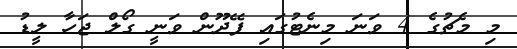
މި މެޗުގެ 4 ވަނަ މިނެޓުގައި ފޭދޫން ވަނީ ގޯލް ޖަހާ ލީޑު